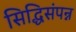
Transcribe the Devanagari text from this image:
सिद्धिसंपन्न